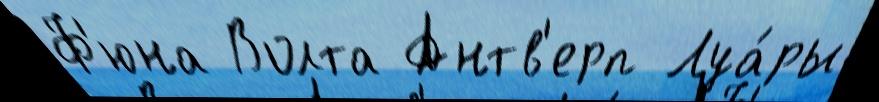
Ф'юна Волта Антв'ерп Луа́ры